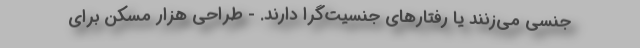
جنسی می‌زنند یا رفتارهای جنسیت‌گرا دارند. - طراحی هزار مسکن برای